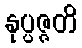
နုပ္ပဇ္ဇတိ